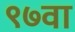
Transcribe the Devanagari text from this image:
९७वा